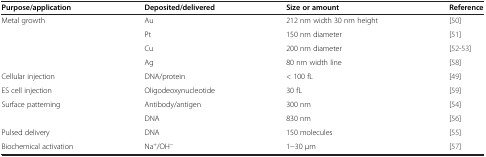
<table><thead><tr><td><b>Purpose/application</b></td><td><b>Deposited/delivered</b></td><td><b>Size or amount</b></td><td><b>Reference</b></td></tr></thead><tbody><tr><td>Metal growth</td><td>Au</td><td>212 nm width 30 nm height</td><td>[50]</td></tr><tr><td></td><td>Pt</td><td>150 nm diameter</td><td>[51]</td></tr><tr><td></td><td>Cu</td><td>200 nm diameter</td><td>[52–53]</td></tr><tr><td></td><td>Ag</td><td>80 nm width line</td><td>[58]</td></tr><tr><td>Cellular injection</td><td>DNA/protein</td><td>&lt; 100 fL</td><td>[49]</td></tr><tr><td>ES cell injection</td><td>Oligodeoxynucleotide</td><td>30 fL</td><td>[59]</td></tr><tr><td>Surface patterning</td><td>Antibody/antigen</td><td>300 nm</td><td>[54]</td></tr><tr><td></td><td>DNA</td><td>830 nm</td><td>[56]</td></tr><tr><td>Pulsed delivery</td><td>DNA</td><td>150 molecules</td><td>[55]</td></tr><tr><td>Biochemical activation</td><td>Na<sup>+</sup>/OH<sup>−</sup></td><td>1−30 μm</td><td>[57]</td></tr></tbody></table>